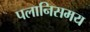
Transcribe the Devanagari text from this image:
पलानिसमय